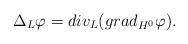
LaTeX: \begin{align*}\Delta_L \varphi=div_L (grad_{H^0} \varphi).\end{align*}